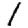
Digit: 1